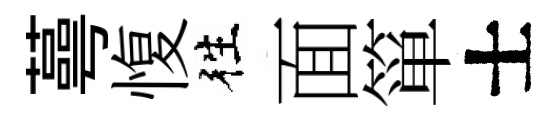
蕚愎徃面箪士